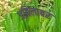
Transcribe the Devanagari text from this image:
अविलावर